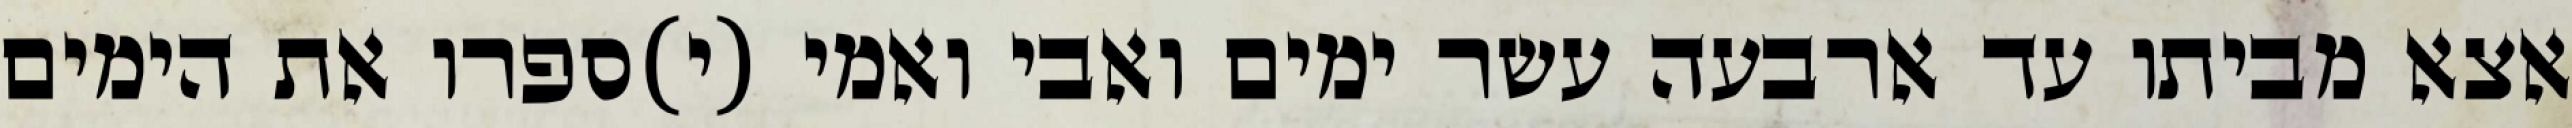
אצא מביתו עד ארבעה עשר ימים ואבי ואמי (י)ספרו את הימים